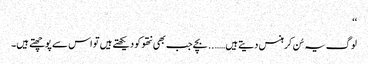
‘‘
لوگ یہ سُن کر ہنس دیتے ہیں…….. بچے جب بھی نتھو کو دیکھتے ہیں تو اس سے پوچھتے ہیں۔